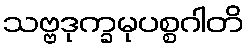
သဗ္ဗဒုက္ခမုပစ္စဂါတိ